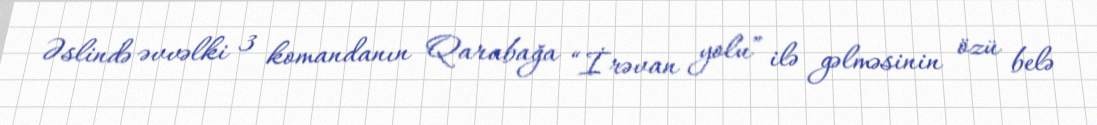
Əslində əvvəlki 3 komandanın Qarabağa “İrəvan yolu” ilə gəlməsinin özü belə